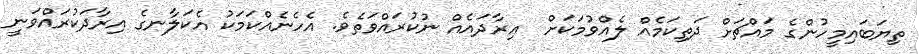
ތިޔަބައިމީހުންގެ މައްޗަށް ދަތިކަމެއް ލެއްވުމަކަށް  އިރާދައެއް ނުކުރައްވަތެވެ. އެހެނެއްކަމަކު އެކަލާނގެ އިރާދަކުރައްވަނީ